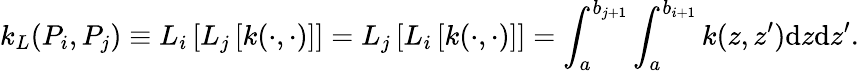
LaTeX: k_{L}(P_{i},P_{j})\equiv L_{i}\left[L_{j}\left[k(\cdot,\cdot)\right]\right]=L_{j}\left[L_{i}\left[k(\cdot,\cdot)\right]\right]=\int_{a}^{b_{j+1}}\int_{a}^{b_{i+1}}k(z,z^{\prime})\textrm{d}z\textrm{d}z^{\prime}.